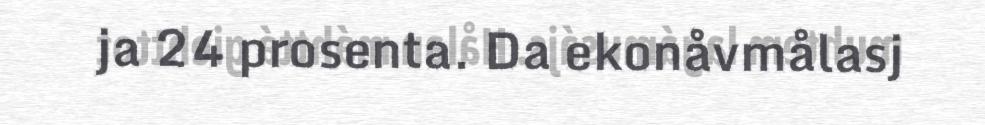
ja 24 prosenta. Da ekonåvmålasj